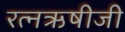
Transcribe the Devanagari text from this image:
रत्नऋषीजी